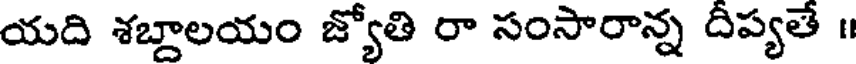
యది శబ్దాలయం జ్యోతి రా సంసారాన్న దీప్యతే